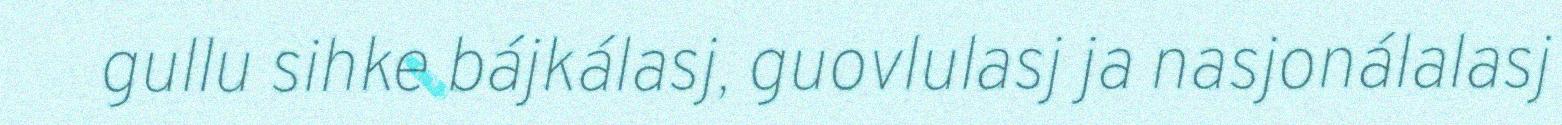
gullu sihke bájkálasj, guovlulasj ja nasjonálalasj